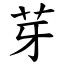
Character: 芽